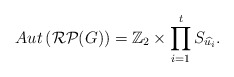
\begin{align*} Aut\left(\mathcal{RP}(G)\right)=\mathbb Z_2\times {\prod_{i=1}^{t}S_{\widehat{u_i}}}.\end{align*}